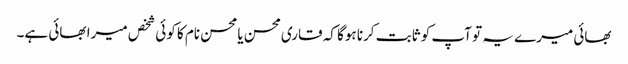
بھائی میرے یہ تو آپ کو ثابت کرنا ہوگا کہ قاری محسن یا محسن نام کا کوئی شخص میرا بھائی ہے۔